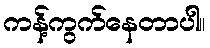
ကန့်ကွက်နေတာပါ။